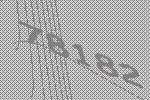
78182